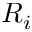
R _ { i }